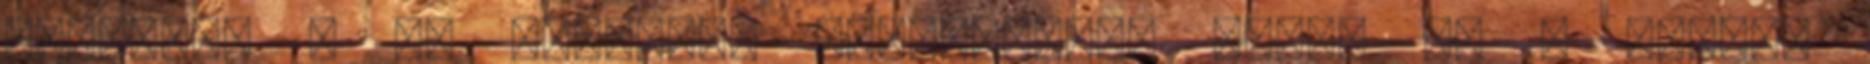
felrakni a jó gumikat, megéremelte volna ha ő nyeri,